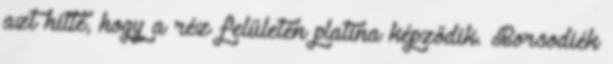
azt hitte, hogy a réz felületén platina képződik. Borsodiék